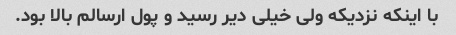
با اینکه نزدیکه ولی خیلی دیر رسید و پول ارسالم بالا بود.